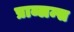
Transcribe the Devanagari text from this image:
प्राब्लम्स